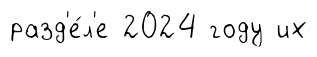
разд'е́л'е 2024 году их